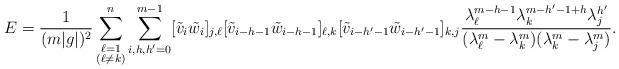
LaTeX: \begin{align*}E=\frac{1}{(m|g|)^2}\sum_{\substack{\ell=1\\(\ell\neq k)}}^n\sum_{i,h,h'=0}^{m-1}[\tilde{v}_i\tilde{w}_i]_{j,\ell}[\tilde{v}_{i-h-1}\tilde{w}_{i-h-1}]_{\ell,k}[\tilde{v}_{i-h'-1}\tilde{w}_{i-h'-1}]_{k,j}\frac{\lambda_\ell^{m-h-1}\lambda_k^{m-h'-1+h}\lambda_j^{h'}}{(\lambda_\ell^m-\lambda_k^m)(\lambda_k^m-\lambda_j^m)}.\end{align*}